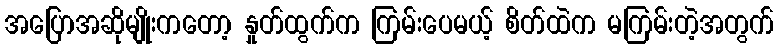
အပြောအဆိုမျိုးကတော့ နှုတ်ထွက်က ကြမ်းပေမယ့် စိတ်ထဲက မကြမ်းတဲ့အတွက်